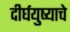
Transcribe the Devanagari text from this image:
दीर्घयुष्याचे